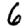
Digit: 6